Lunatic asylums Madras 1892-1911 - 1892-1911
Year: 1892
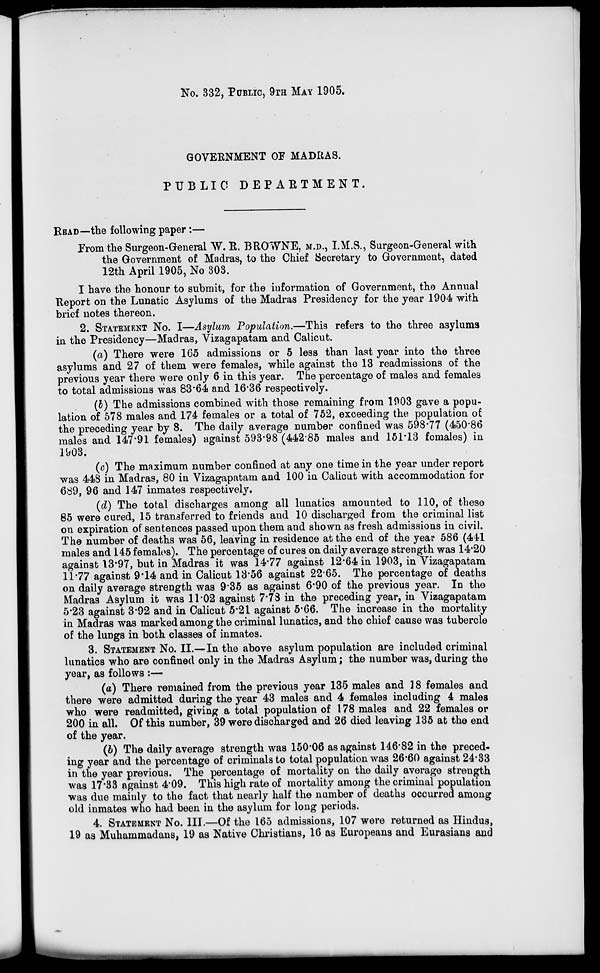
No. 332, PUBLIC, 9TH MAY 1905.
GOVERNMENT OF MADRAS.
PUBLIC DEPARTMENT.
BEAD—the following paper :—
From the Surgeon-General W. R. BROWNE, M.D., I.M.8., Surgeon-General with
the Government of Madras, to the Chief Secretary to Government, dated
12th April 1905, No 303.
I have the honour to submit, for the information of Government, the Annual
Report on the Lunatic Asylums of the Madras Presidency for the year 1904 with
brief notes thereon.
2. STATEMENT No. I—Asylum Population.—This refers to the three asylums
in the Presidency—Madras, Vizagapatam and Calicut.
{a) There were 165 admissions or 5 less than last year into the three
asylums and 27 of them were females, while against the 13 readmissions of the
previous year there were only 6 in this year. The percentage of males and females
to total admissions was 83*64 and 16*36 respectively.
(b) The admissions combined with those remaining from 1903 gave a popu-
lation of 578 males and 174 females or a total of 752, exceeding the population of
the preceding year by 8. The daily average number confined was 598*77 (450*86
males and 147*91 females) against 593*98 (442*85 males and 151*13 females) in
1903.
(c) The maximum number confined at any one time in the year under report
was 448 in Madras, 80 in Vizagapatam and 100 in Calicut with accommodation for
689, 96 and 147 inmates respectively.
(d) The total discharges among all lunatics amounted to 110, of these
85 were cured, 15 transferred to friends and 10 discharged from the criminal list
on expiration of sentences passed upon them and shown as fresh admissions in civil.
The number of deaths was 56, leaving in residence at the 6nd of the year 586 (44d
males and 145 femalos). The percentage of cures on daily average strength was 14*20
against 13*97, but in Madras it was 14*77 against 12*64 in 1903, in Vizagapatam
11*77 against 9*14 and in Calicut 13*56 against 22*65. The percentage of deaths
on daily average strength was 9*35 as against 6*90 of the previous year. In the
Madras Asylum it was 11*02 against 7*73 in the preceding year, in Vizagapatam
5*23 against 3*92 and in Calicut 5*21 against 5*66. The increase in the mortality
in Madras was marked among the criminal lunatics, and the chief cause was tubercle
of the lungs in both classes of inmates.
3. STATEMENT No. II.—In the above asylum population are included criminal
lunatics who are confined only in the Madras Asylum; the number was, during the
year, as follows :—
(a) There remained from the previous year 135 males and 18 females and
there were admitted during the year 43 males and 4 females including 4 males
who were readmitted, giving a total population of 178 males and 22 females or
200 in all. Of this number, 39 were discharged and 26 died leaving 135 at the end
of the year.
(b) The daily average strength was 150*06 as against 146*82 in the preced-
ing year and the percentage of criminals to total population was 26*60 against 24*33
in the year previous. The percentage of mortality on the daily average strength
was 17*33 against 4*09. This high rate of mortality among the criminal population
was due mainly to the fact that nearly half the number of deaths occurred among
old inmates who had been in the asylum for long periods.
4. STATEMENT No. III.—Of the 165 admissions, 107 were returned as Hindus,
19 as Muhammadans, 19 as Native Christians, 16 as Europeans and Eurasians and